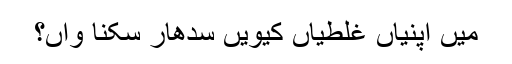
مَیں اپنیاں غلطیاں کیویں سدُھار سکنا واں؟